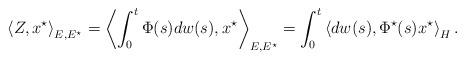
LaTeX: \begin{align*}\left\langle Z,x^{\star }\right\rangle _{E,E^{\star }}=\left\langle\int_{0}^{t}\Phi (s)dw(s),x^{\star }\right\rangle _{E,E^{\star}}=\int_{0}^{t}\left\langle dw(s),\Phi ^{\star }(s)x^{\star }\right\rangle_{H}. \end{align*}